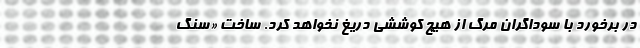
در برخورد با سوداگران مرگ از هیچ کوششی دریغ نخواهد کرد. ساخت «سنگ